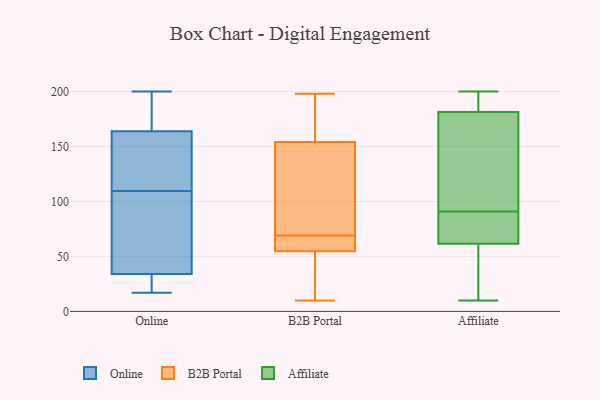
{"axis": {"x": "Net Income (USD K)", "y": "Value"}, "legend": ["Affiliate", "B2B Portal", "Online"], "data": [{"x": "", "y": 189, "type": "Online"}, {"x": "", "y": 200, "type": "Online"}, {"x": "", "y": 96, "type": "Online"}, {"x": "", "y": 85, "type": "Online"}, {"x": "", "y": 123, "type": "Online"}, {"x": "", "y": 34, "type": "Online"}, {"x": "", "y": 160, "type": "Online"}, {"x": "", "y": 123, "type": "Online"}, {"x": "", "y": 32, "type": "Online"}, {"x": "", "y": 187, "type": "Online"}, {"x": "", "y": 164, "type": "Online"}, {"x": "", "y": 41, "type": "Online"}, {"x": "", "y": 29, "type": "Online"}, {"x": "", "y": 17, "type": "Online"}, {"x": "", "y": 98, "type": "B2B Portal"}, {"x": "", "y": 66, "type": "B2B Portal"}, {"x": "", "y": 68, "type": "B2B Portal"}, {"x": "", "y": 97, "type": "B2B Portal"}, {"x": "", "y": 83, "type": "B2B Portal"}, {"x": "", "y": 63, "type": "B2B Portal"}, {"x": "", "y": 57, "type": "B2B Portal"}, {"x": "", "y": 47, "type": "B2B Portal"}, {"x": "", "y": 69, "type": "B2B Portal"}, {"x": "", "y": 177, "type": "B2B Portal"}, {"x": "", "y": 197, "type": "B2B Portal"}, {"x": "", "y": 152, "type": "B2B Portal"}, {"x": "", "y": 156, "type": "B2B Portal"}, {"x": "", "y": 29, "type": "B2B Portal"}, {"x": "", "y": 11, "type": "B2B Portal"}, {"x": "", "y": 155, "type": "B2B Portal"}, {"x": "", "y": 54, "type": "B2B Portal"}, {"x": "", "y": 10, "type": "B2B Portal"}, {"x": "", "y": 198, "type": "B2B Portal"}, {"x": "", "y": 10, "type": "Affiliate"}, {"x": "", "y": 191, "type": "Affiliate"}, {"x": "", "y": 180, "type": "Affiliate"}, {"x": "", "y": 84, "type": "Affiliate"}, {"x": "", "y": 91, "type": "Affiliate"}, {"x": "", "y": 200, "type": "Affiliate"}, {"x": "", "y": 48, "type": "Affiliate"}, {"x": "", "y": 182, "type": "Affiliate"}, {"x": "", "y": 54, "type": "Affiliate"}, {"x": "", "y": 84, "type": "Affiliate"}, {"x": "", "y": 104, "type": "Affiliate"}]}